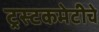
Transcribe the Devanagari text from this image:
ट्रस्टकमेटीचे